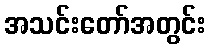
အသင်းတော်အတွင်း